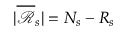
| \overline { { \mathcal { R } } } _ { s } | = N _ { s } - R _ { s }